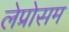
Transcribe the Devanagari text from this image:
लेप्रोसम